Rangoon Lunatic Asylum 1878-1892 - 1878-1892
Year: 1878
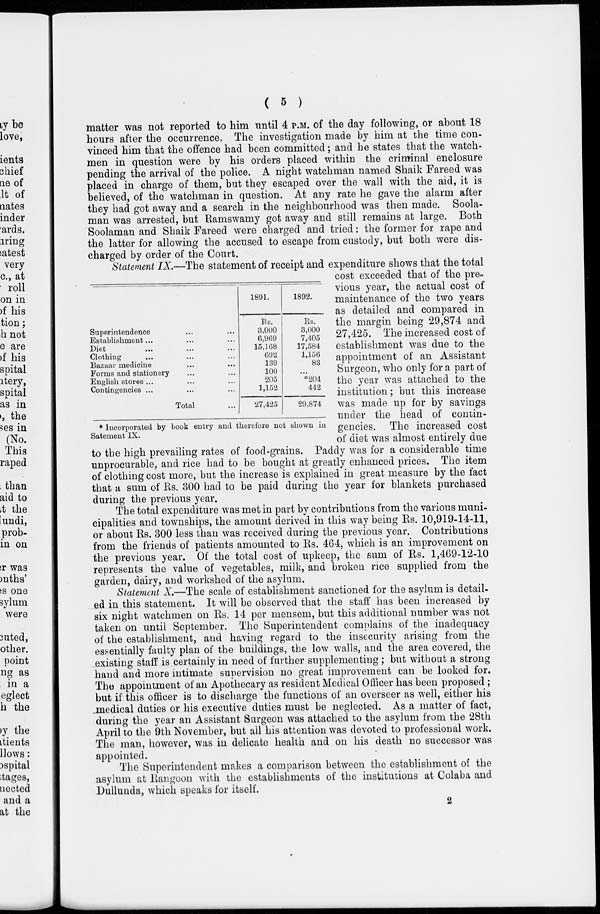
( 5 )
matter was not reported to him until 4 P.M. of the day following, or about 18
hours after the occurrence. The investigation made by him at the time con-
vinced him that the offence had been committed; and he states that the watch-
men in question were by his orders placed within the criminal enclosure
pending the arrival of the police. A night watchman named Shaik Fareed was
placed in charge of them, but they escaped over the wall with the aid, it is
believed, of the watchman in question. At any rate he gave the alarm after
they had got away and a search in the neighbourhood was then made. Soola-
man was arrested, but Ramswamy got away and still remains at large. Both
Soolaman and Shaik Fareed were charged and tried: the former for rape and
the latter for allowing the accused to escape from custody, but both were dis-
charged by order of the Court.
Superintendence ... ...
Establishment ... ... ...
Diet ... ... ...
Clothing ... ... ...
Bazaar medicine ... ...
Forms and stationery ... ...
English stores ... ... ...
Contingencies ... ... ...
Total ...
1891.
Rs.
3,000
6,969
15,168
692
139
100
205
1,152
27,425
1892.
Rs.
3,000
7,405
17,584
1,156
83
...
*204
442
29,874
* Incorporated by book entry and therefore not shown in
Satement IX.
Statement IX,—The statement of receipt and expenditure shows that the total
cost exceeded that of the pre-
vious year, the actual cost of
maintenance of the two years
as detailed and compared in
the margin being 29,874 and
27,425. The increased cost of
establishment was due to the
appointment of an Assistant
Surgeon, who only for a part of
the year was attached to the
institution; but this increase
was made up for by savings
under the head of contin-
gencies. The increased cost
of diet was almost entirely due
to the high prevailing rates of food-grains. Paddy was for a considerable time
unprocurable, and rice had to be bought at greatly enhanced prices. The item
of clothing cost more, but the increase is explained in great measure by the fact
that a sum of Rs. 300 had to be paid during the year for blankets purchased
during the previous year.
The total expenditure was met in part by contributions from the various muni-
cipalities and townships, the amount derived in this way being Rs. 10,919-14-11,
or about Rs. 300 less than was received during the previous year. Contributions
from the friends of patients amounted to Rs. 464, which is an improvement on
the previous year. Of the total cost of upkeep, the sum of Rs. 1,469-12-10
represents the value of vegetables, milk, and broken rice supplied from the
garden, dairy, and workshed of the asylum.
Statement X.—The scale of establishment sanctioned for the asylum is detail-
ed in this statement. It will be observed that the staff has been increased by
six night watchmen on Rs. 14 per mensem, but this additional number was not
taken on until September. The Superintendent complains of the inadequacy
of the establishment, and having regard to the insecurity arising from the
essentially faulty plan of the buildings, the low walls, and the area covered, the
existing staff is certainly in need of further supplementing; but without a strong
hand and more intimate supervision no great improvement can be looked for.
The appointment of an Apothecary as resident Medical Officer has been proposed ;
but if this officer is to discharge the functions of an overseer as well, either his
medical duties or his executive duties must be neglected. As a matter of fact,
during the year an Assistant Surgeon was attached to the asylum from the 28th
April to the 9th November, but all his attention was devoted to professional work.
The man, however, was in delicate health and on his death no successor was
appointed.
The Superintendent makes a comparison between the establishment of the
asylum at Rangoon with the establishments of the institutions at Colaba and
Dullunda, which speaks for itself.
2